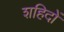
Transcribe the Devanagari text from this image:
शहिदों